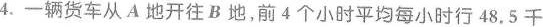
4.一辆货车从A地开往B地，前4个小时平均每小时行48.5千